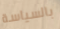
بالسياسة